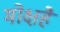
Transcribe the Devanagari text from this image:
मोक्षहै